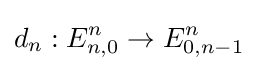
d_{n}:E_{n,0}^{n}\to E_{0,n-1}^{n}